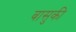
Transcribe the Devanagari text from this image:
बासुकी